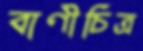
বাণীচিত্র